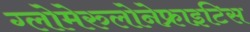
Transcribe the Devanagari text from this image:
ग्लोमेरुलोनेफ्राइटिस